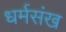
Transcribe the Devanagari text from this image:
धर्मसंख